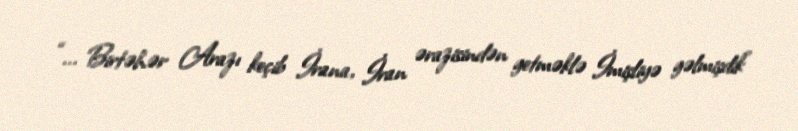
“... Birtəhər Arazı keçib İrana, İran ərazisindən getməklə İmişliyə gəlmişdik”